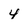
Character: 4